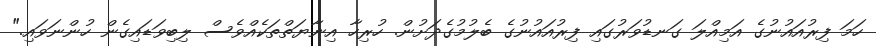
ހަމަ ފިރުއައުނުގެ އަމިއްލަ ގަނޑުވަރުގައި ފިރުއައުނުގެ ބެލުމުގެދަށުން. ހުރިހާ އިނާޔަތްތަކެއްވެސް ލިބިވަޑައިގެން ހުންނަވައި."